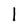
Character: l